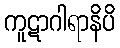
ကူဋာဂါရာနိပိ